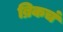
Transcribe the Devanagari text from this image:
ब्रिकचं